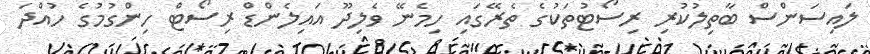
ލައިސަންސް ބާތިލުކުރި ރިސޯޓުތަކުގެ ތެރޭގައި ހިމެނޭ ވެލިދޫ އައިލެންޑް ރިސޯޓް ހިންގުމުގެ ހުއްދަ